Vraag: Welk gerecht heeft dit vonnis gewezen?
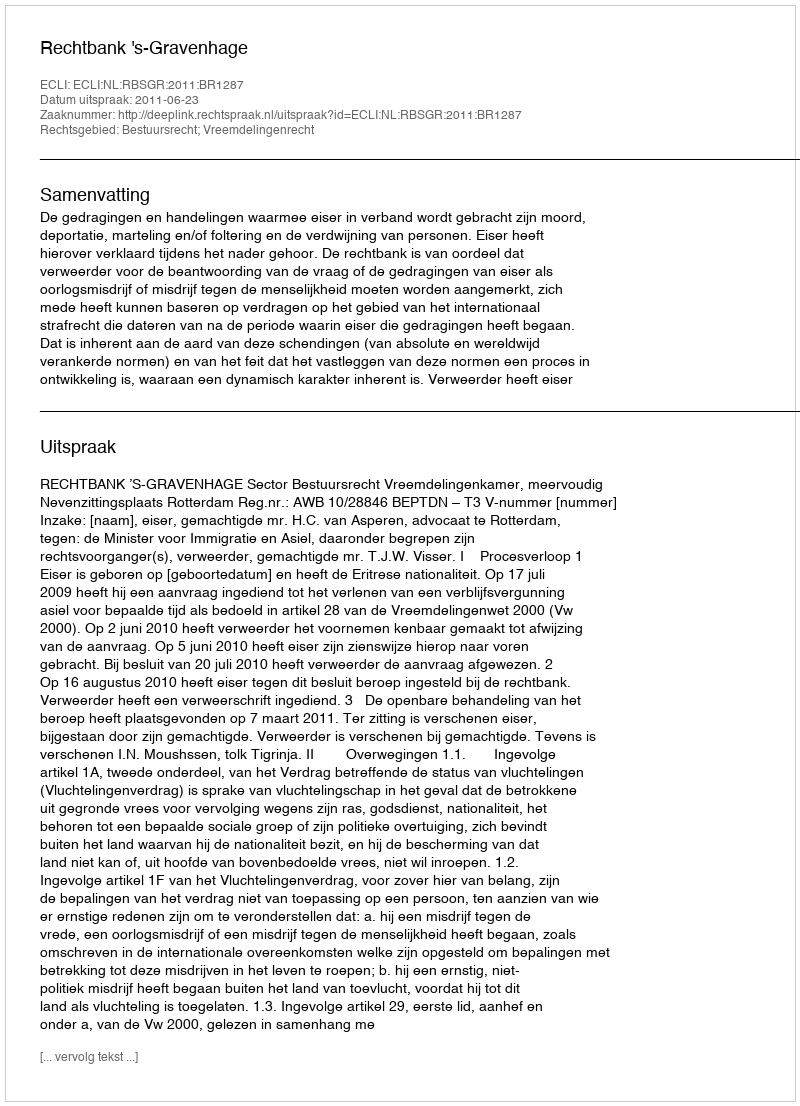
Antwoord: Rechtbank 's-Gravenhage